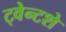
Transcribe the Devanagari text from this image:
ट्वेन्टशे